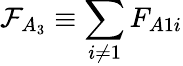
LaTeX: \mathcal{F}_{A_{3}}\equiv\sum_{i\neq 1}F_{A1i}